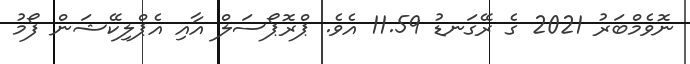
ނޮވެމްބަރު 2021 ގެ ރޭގަނޑު 11.59 އެވެ. ޕްރޮޕޯސަލް އާއި އެޕްލިކޭޝަން ފޯމު